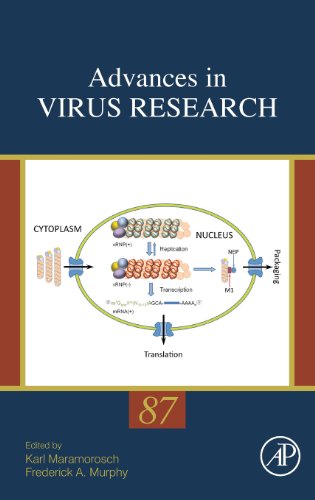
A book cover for Advances in Virus Research, Volume 87; Medical Books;